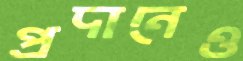
প্রদানেও